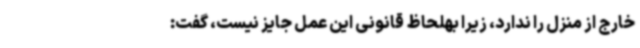
خارج از منزل را ندارد، زیرا بهلحاظ قانونی این عمل جایز نیست، گفت: